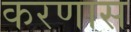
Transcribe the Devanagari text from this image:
करणास